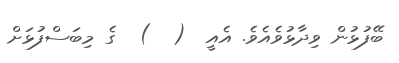
ބޭފުޅުން ވިދާޅުވެއެވެ. އެއީ  (  )  ގެ މިބަސްފުޅަށް